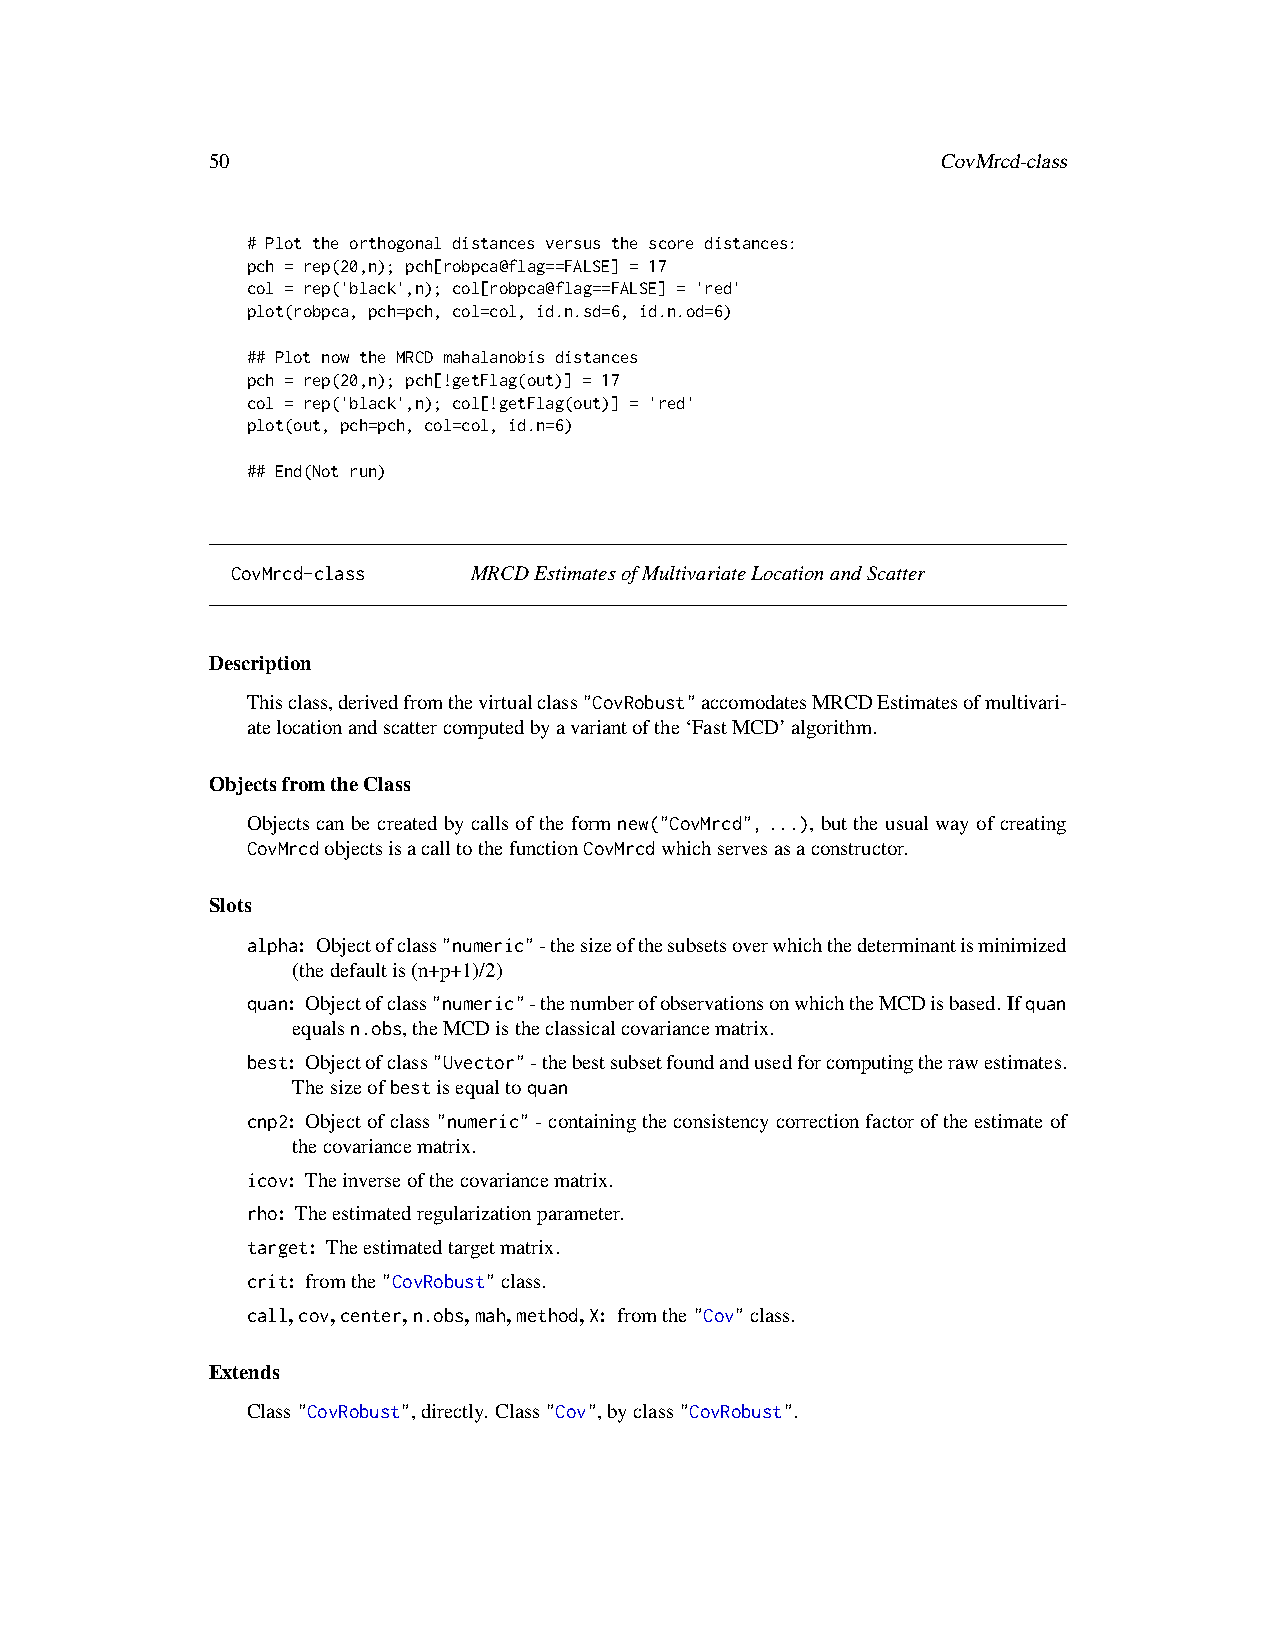
50                                              CovMrcd-class
 # Plot the orthogonal distances versus the score distances:
 pch = rep(20,n); pch[robpca@flag==FALSE] = 17
 col = rep('black',n); col[robpca@flag==FALSE] = 'red'
 plot(robpca, pch=pch, col=col, id.n.sd=6, id.n.od=6)
 ## Plot now the MRCD mahalanobis distances
 pch = rep(20,n); pch[!getFlag(out)] = 17
 col = rep('black',n); col[!getFlag(out)] = 'red'
 plot(out, pch=pch, col=col, id.n=6)
 ## End(Not run)
 CovMrcd-class   MRCDEstimatesofMultivariateLocationandScatter
 Description
 Thisclass,derivedfromthevirtualclass"CovRobust"accomodatesMRCDEstimatesofmultivari-
 atelocationandscattercomputedbyavariantofthe‘FastMCD’algorithm.
 ObjectsfromtheClass
 Objects can be created by calls of the form new("CovMrcd",...), but the usual way of creating
 CovMrcdobjectsisacalltothefunctionCovMrcdwhichservesasaconstructor.
 Slots
 alpha: Objectofclass"numeric"-thesizeofthesubsetsoverwhichthedeterminantisminimized
 (thedefaultis(n+p+1)/2)
 quan: Objectofclass"numeric"-thenumberofobservationsonwhichtheMCDisbased.Ifquan
 equalsn.obs,theMCDistheclassicalcovariancematrix.
 best: Objectofclass"Uvector"-thebestsubsetfoundandusedforcomputingtherawestimates.
 Thesizeofbestisequaltoquan
 cnp2: Objectofclass"numeric"-containingtheconsistencycorrectionfactoroftheestimateof
 thecovariancematrix.
 icov: Theinverseofthecovariancematrix.
 rho: Theestimatedregularizationparameter.
 target: Theestimatedtargetmatrix.
 crit: fromthe"CovRobust"class.
 call,cov,center,n.obs,mah,method,X: fromthe"Cov"class.
 Extends
 Class"CovRobust",directly. Class"Cov",byclass"CovRobust".